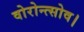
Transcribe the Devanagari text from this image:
वोरोन्त्सोव।